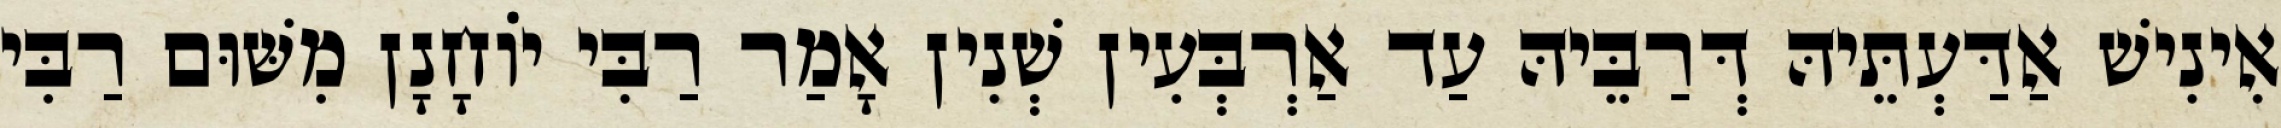
אִינִישׁ אַדַּעְתֵּיהּ דְּרַבֵּיהּ עַד אַרְבְּעִין שְׁנִין אָמַר רַבִּי יוֹחָנָן מִשּׁוּם רַבִּי